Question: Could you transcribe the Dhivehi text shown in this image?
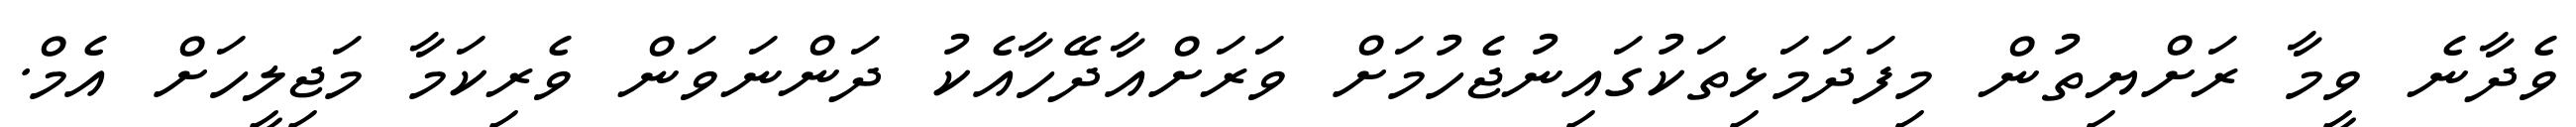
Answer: ވެދާނެ ވީމާ ރަށްޔިތުން މިފަދަމަޅިތަކުގައިނުޖެހުމަށް ވަރަށްއާދޭހާއެކު ދަންނަވަން ވެރިކަމާ މަޖިލީހަށް އެމް.